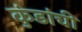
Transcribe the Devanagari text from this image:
कुंडांची